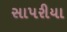
સાપરીયા